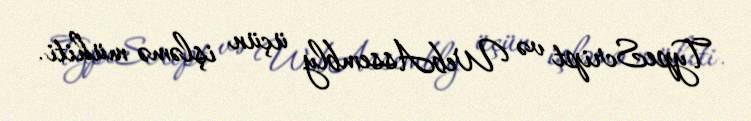
TypeScript və WebAssembly üçün işləmə mühiti.